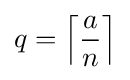
q=\left\lceil {\frac {a}{n}}\right\rceil